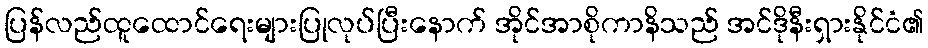
ပြန်လည်ထူထောင်ရေးများပြုလုပ်ပြီးနောက် အိုင်အာစိုကာနိသည် အင်ဒိုနီးရှားနိုင်ငံ၏